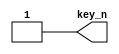
//key_gen.v

module key_gen(
key_n
);
output	key_n;

//---------------------------------
reg key_n;

initial begin
				key_n <= 1'b1;
	#1000	key_n <= 1'b0;
	#300	key_n <= 1'b1;
end

task do_key;
begin
		key_n <= 1'b0;
	#300 key_n <= 1'b1;
end
endtask

endmodule